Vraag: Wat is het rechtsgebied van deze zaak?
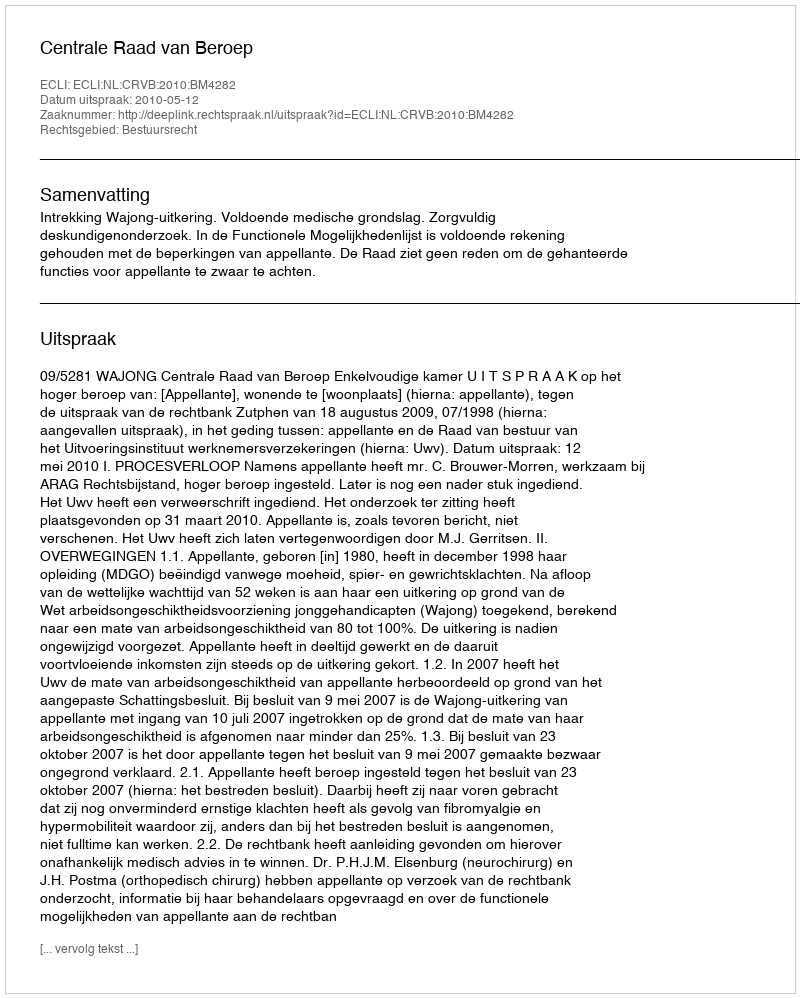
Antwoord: Bestuursrecht